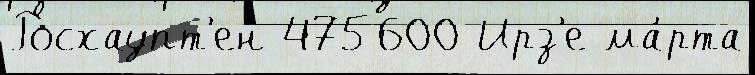
Росхаупт'ен 475600 Ирз'е ма́рта